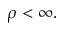
\rho < \infty .